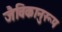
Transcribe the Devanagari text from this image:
जैविकानुरूप